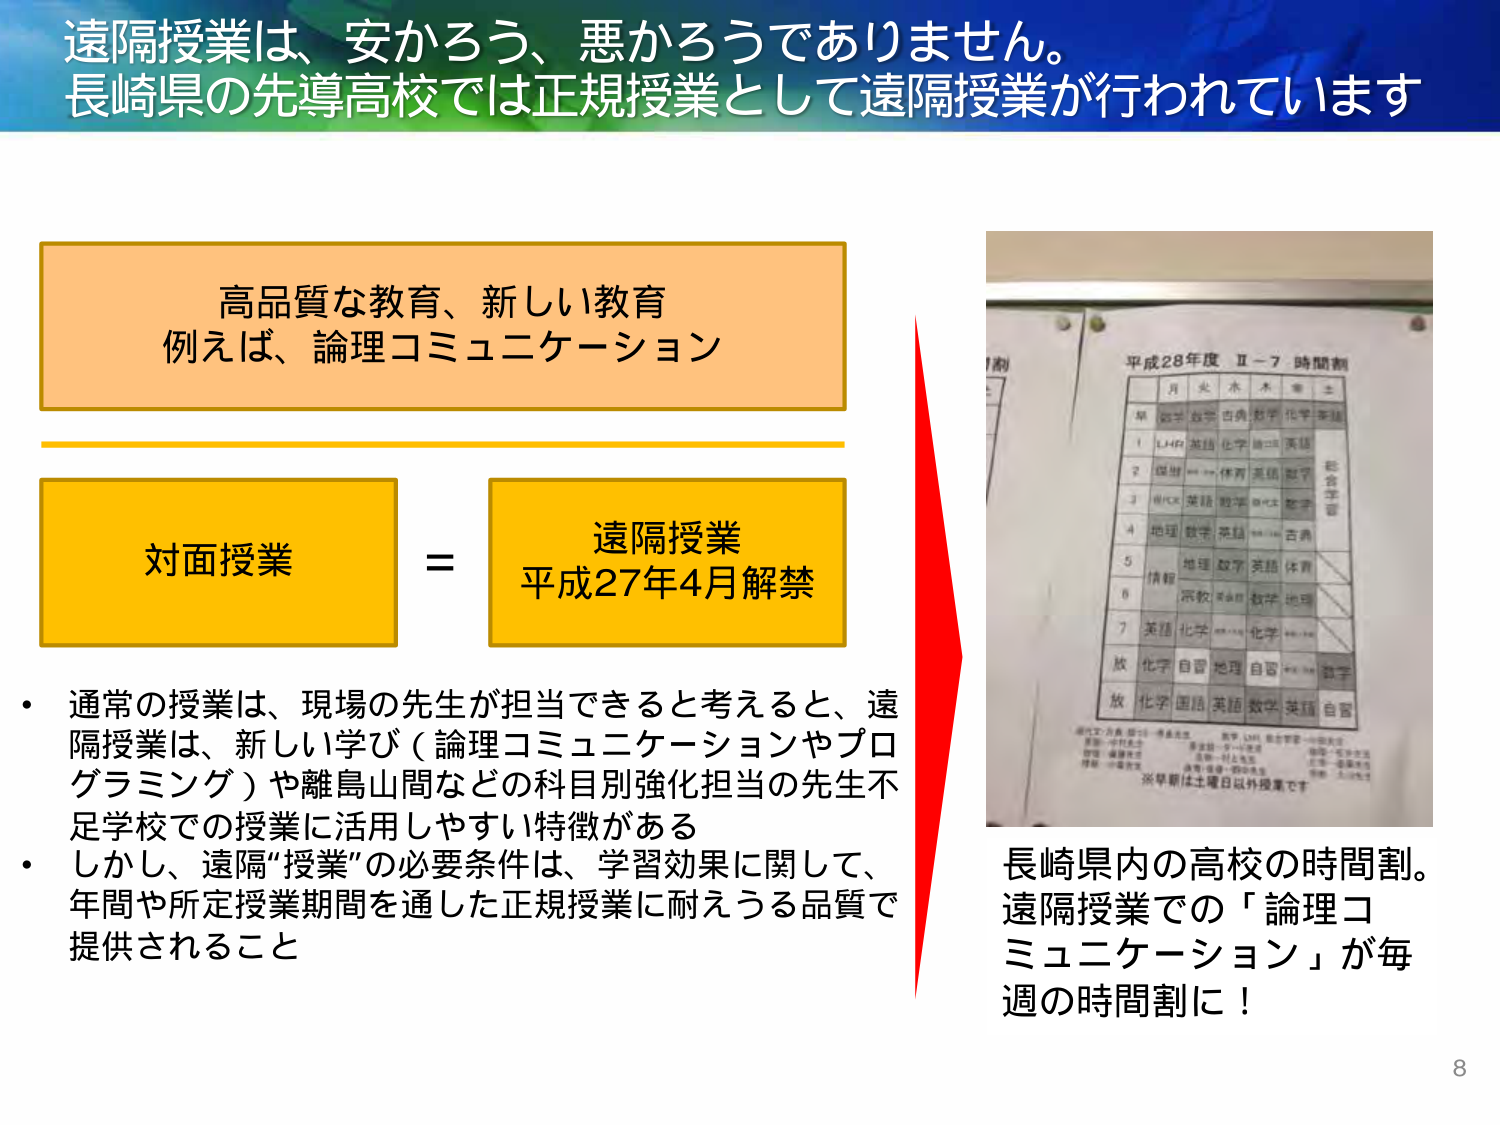
遠隔授業は、安かろう、悪かろうではありません。
長崎県の先導高校では正規授業として遠隔授業が行われています

高品質な教育、新しい教育
例えば、論理コミュニケーション

対面授業 = 遠隔授業
平成27年4月解禁

・通常の授業は、現場の先生が担当できると考えると、遠隔授業は、新しい学び（論理コミュニケーションやプログラミング）や離島山間などの科目別強化担当の先生不足学校での授業に活用しやすい特徴がある
・しかし、遠隔“授業”の必要条件は、学習効果に関して、年間や所定授業期間を通した正規授業に耐えうる品質で提供されること

平成28年度 Ⅱ－7 時間割
月 火 水 木 金 土
1 LHR 英語 化学 論コ 英語
2 国語 体育 英語 数学
3 理科 英語 数学 ロマ 数学
4 地理 数学 英語 自習
5 情報 地理 数学 英語 体育
6 宗教 数学 数学 地理
7 英語 化学 数学 化学
放 化学 自習 地理 自習 数学
放 化学 国語 英語 数学 英語 自習
※早朝は土曜日以外授業です

長崎県内の高校の時間割。
遠隔授業での「論理コミュニケーション」が毎週の時間割に！

8